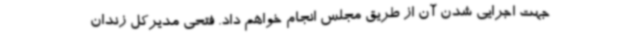
جهت اجرایی شدن آن از طریق مجلس انجام خواهم داد. فتحی مدیرکل زندان